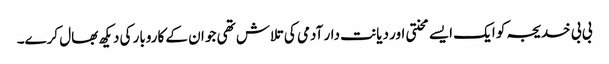
بی بی خدیجہ کو ایک ایسے محنتی اور دیانت دار آدمی کی تلاش تھی جو ان کے کاروبار کی دیکھ بھال کرے۔